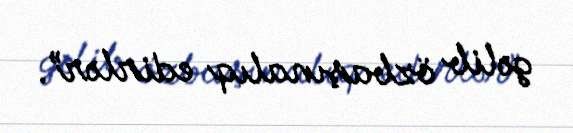
gəlib özbaşınalıq edirlər”.